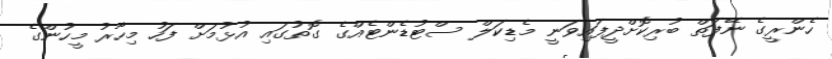
ހެންރީގެ ނޭފަތް ބުރިކޮށްދީފައިވަނީ މެޑިކަލް ސްޓުޑެންޓެއްގެ ގޮތުގައި އުޅުމަށް ފަހު މިހާރު މީހުންގެ